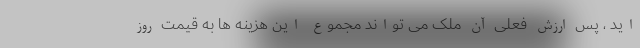
اید ، پس ارزش فعلی آن ملک می تواند مجموع این هزینه ها به قیمت روز